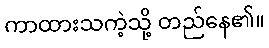
ကာထားသကဲ့သို့ တည်နေ၏။